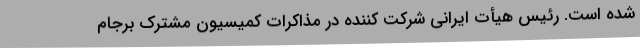
شده است. رئیس هیأت ایرانی شرکت کننده در مذاکرات کمیسیون مشترک برجام